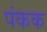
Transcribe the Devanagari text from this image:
पंकक